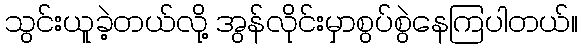
သွင်းယူခဲ့တယ်လို့ အွန်လိုင်းမှာစွပ်စွဲနေကြပါတယ်။